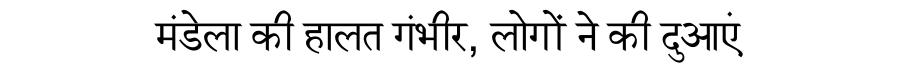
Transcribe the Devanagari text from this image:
मंडेला की हालत गंभीर, लोगों ने की दुआएं